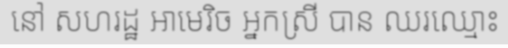
នៅ សហរដ្ឋ អាមេរិច អ្នកស្រី បាន ឈរឈ្មោះ